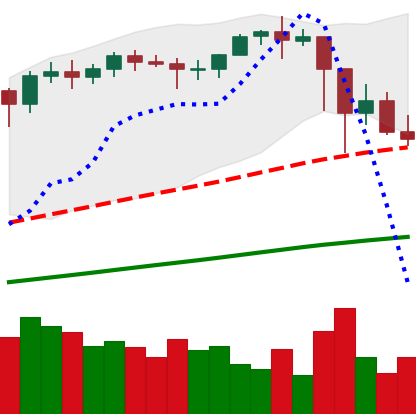
Ticker: ETH-USD
Chart end date: 2021-02-26
Forward return: 8.978%
Label: up_7plus